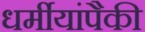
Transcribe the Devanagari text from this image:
धर्मीयांपैकी